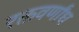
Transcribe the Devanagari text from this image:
रक्तवर्णांध